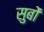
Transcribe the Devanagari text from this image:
सुबों